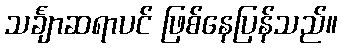
သင်္ချာဆရာပင် ဖြစ်နေပြန်သည်။